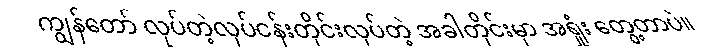
ကျွန်တော် လုပ်တဲ့လုပ်ငန်းတိုင်းလုပ်တဲ့ အခါတိုင်းမှာ အရှုံး တွေ့တာပဲ။